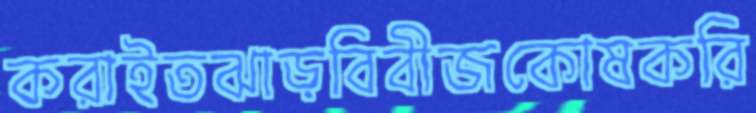
করাইতঝাড়বিবীজকোষকরি